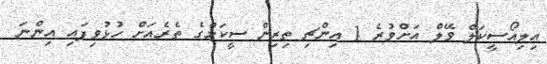
އިލިއޯސީކަލް ވޭލް އަށްވުރެ 1 އިންޗި ތިރިން ސީކަމްގެ ތެރެއަށް ހުޅުވިފައި އިންނަ